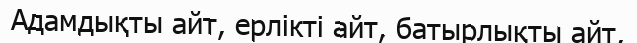
Адамдықты айт, ерлікті айт, батырлықты айт,